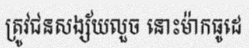
ត្រូវជនសង្ស័យលួច នោះម៉ាកធូដេ